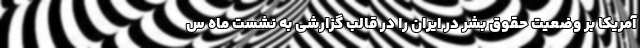
آمریکا بر وضعیت حقوق بشر در ایران را در قالب گزارشی به نشست ماه س